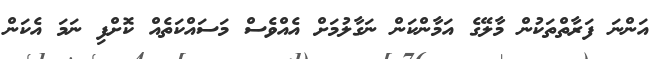
އަންނަ ފަރާތްތަކުން މާލޭގެ އަމާންކަން ނަގާލުމަށް އެއްވެސް މަސައްކަތެއް ކޮށްފި ނަމަ އެކަން